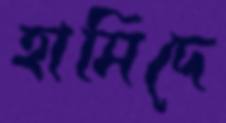
হামিদে